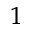
_ 1